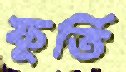
ফূর্তি